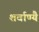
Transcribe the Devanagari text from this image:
शर्वाण्यै